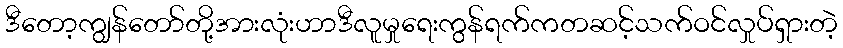
ဒီတော့ကျွန်တော်တို့အားလုံးဟာဒီလူမှုရေးကွန်ရက်ကတဆင့်သက်ဝင်လှုပ်ရှားတဲ့